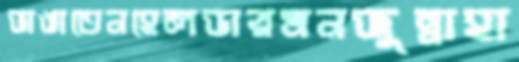
ভাঙাতেনহেলডারমনজুন্নাহা